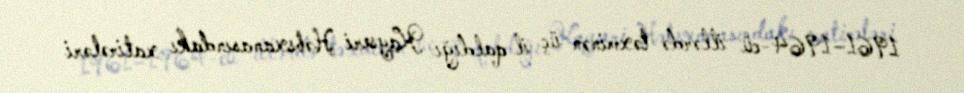
1961–1964-cü illərdə təxminən üç il qaldığı Kayseri Həbsxanasındakı xatirələri